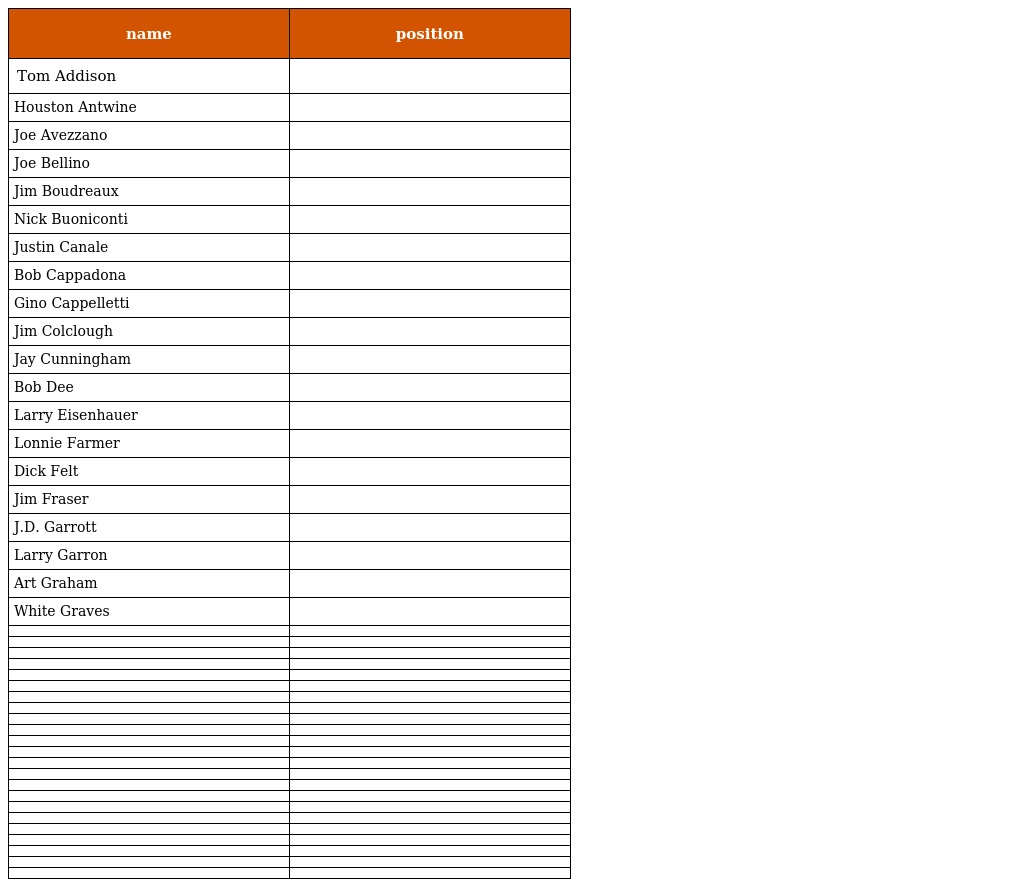
| name | position |
 | --- | --- |
 | Tom Addison |  |
 | Houston Antwine |  |
 | Joe Avezzano |  |
 | Joe Bellino |  |
 | Jim Boudreaux |  |
 | Nick Buoniconti |  |
 | Justin Canale |  |
 | Bob Cappadona |  |
 | Gino Cappelletti |  |
 | Jim Colclough |  |
 | Jay Cunningham |  |
 | Bob Dee |  |
 | Larry Eisenhauer |  |
 | Lonnie Farmer |  |
 | Dick Felt |  |
 | Jim Fraser |  |
 | J.D. Garrott |  |
 | Larry Garron |  |
 | Art Graham |  |
 | White Graves |  |
 |  |  |
 |  |  |
 |  |  |
 |  |  |
 |  |  |
 |  |  |
 |  |  |
 |  |  |
 |  |  |
 |  |  |
 |  |  |
 |  |  |
 |  |  |
 |  |  |
 |  |  |
 |  |  |
 |  |  |
 |  |  |
 |  |  |
 |  |  |
 |  |  |
 |  |  |
 |  |  |